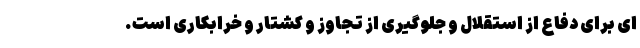
ای برای دفاع از استقلال و جلوگیری از تجاوز و کشتار و خرابکاری است.